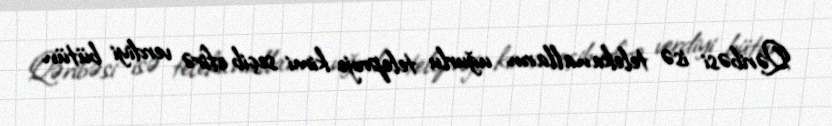
Qəribəsi isə telekanalların uğurlu teleproje kimi seçib efirə verdiyi bütün